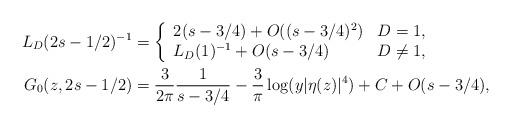
LaTeX: \begin{align*}L_D(2s-1/2)^{-1} &= \left\{\begin{array}{ll}2(s-3/4) + O((s-3/4)^2) & D=1,\\L_D(1)^{-1} + O(s-3/4) & D \neq 1,\\\end{array} \right.\\G_0(z,2s-1/2) &= \frac{3}{2\pi} \frac{1}{s-3/4} -\frac{3}{\pi} \log(y|\eta(z)|^4) + C + O(s-3/4),\end{align*}